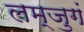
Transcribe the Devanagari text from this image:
लम्जुगं